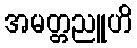
အမတ္တညူဟိ